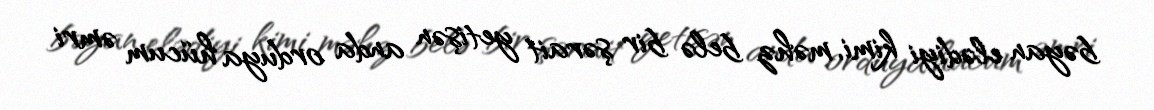
bəyan elədiyi kimi, məhz belə bir şərait yetişən anda orduya hücum əmri